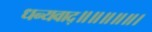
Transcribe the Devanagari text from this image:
धन्यवाद्॥॥॥॥॥।